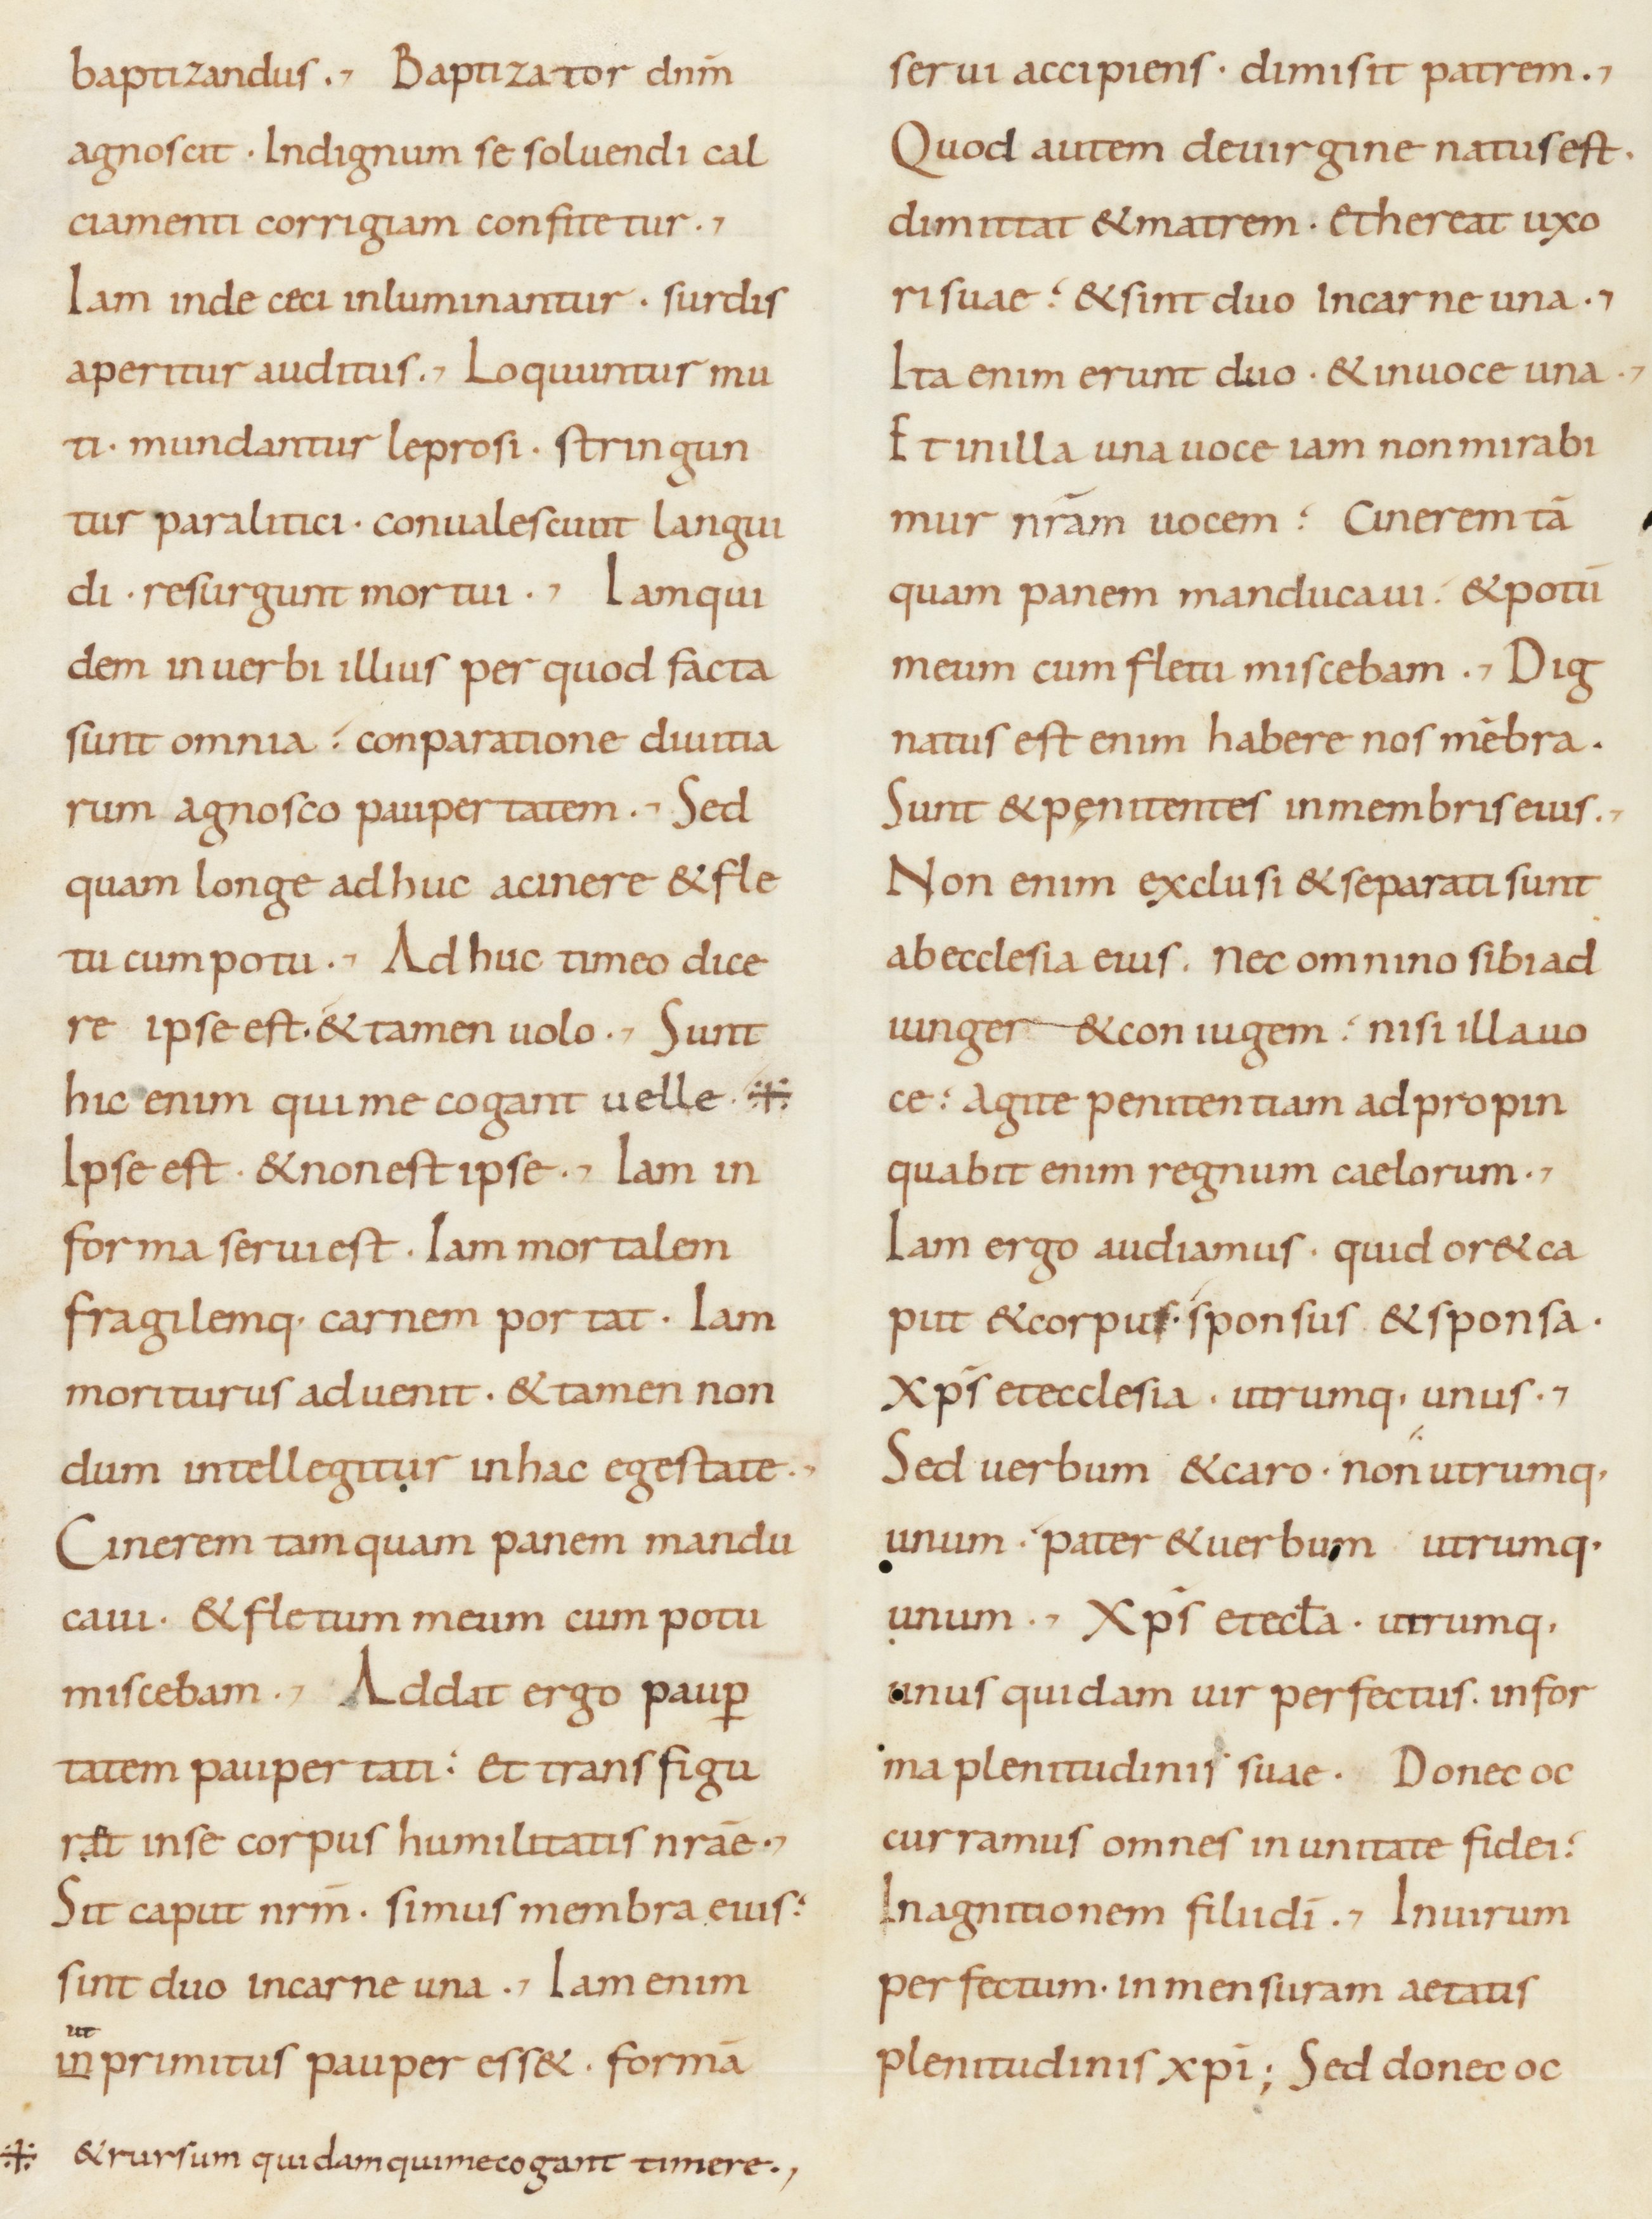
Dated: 800–899